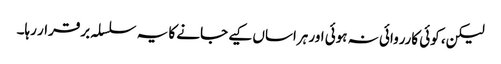
لیکن، کوئی کارروائی نہ ہوئی اور ہراساں کیے جانے کا یہ سلسلہ برقرار رہا۔